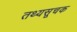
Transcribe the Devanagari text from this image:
तथ्यसूचक